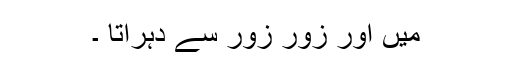
میں اور زور زور سے دہراتا ۔